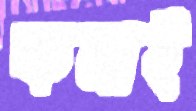
কনাই